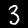
Digit: 3